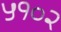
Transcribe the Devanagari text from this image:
५१०२